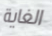
الغاية